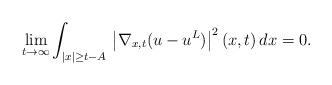
LaTeX: \begin{align*}\lim_{t\to\infty}\int_{|x|\ge t-A}\,\left|\nabla_{x,t}(u-u^L)\right|^2(x,t)\,dx=0.\end{align*}